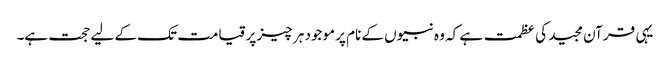
یہی قرآن مجید کی عظمت ہے کہ وہ نبیوں کے نام پر موجود ہر چیز پر قیامت تک کے لیے حجت ہے۔